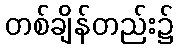
တစ်ချိန်တည်း၌